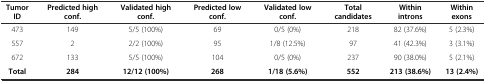
| Tumor ID | Predicted high conf. | Validated high conf. | Predicted low conf. | Validated low conf. | Total candidates | Within introns | Within exons |
 | --- | --- | --- | --- | --- | --- | --- | --- |
 | 473 | 149 | 5/5 (100%) | 69 | 0/5 (0%) | 218 | 82 (37.6%) | 5 (2.3%) |
 | 557 | 2 | 2/2 (100%) | 95 | 1/8 (12.5%) | 97 | 41 (42.3%) | 3 (3.1%) |
 | 672 | 133 | 5/5 (100%) | 104 | 0/5 (0%) | 237 | 90 (38.0%) | 5 (2.1%) |
 | Total | 284 | 12/12 (100%) | 268 | 1/18 (5.6%) | 552 | 213 (38.6%) | 13 (2.4%) |